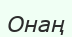
Онаң